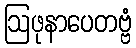
ဩဖုနာပေတဗ္ဗံ